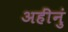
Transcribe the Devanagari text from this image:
अहींनुं